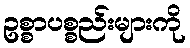
ဥစ္စာပစ္စည်းများကို